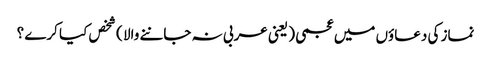
نماز کی دعاؤں میں عجمی ( یعنی عربی نہ جاننے والا ) شخص کیا کرے ؟